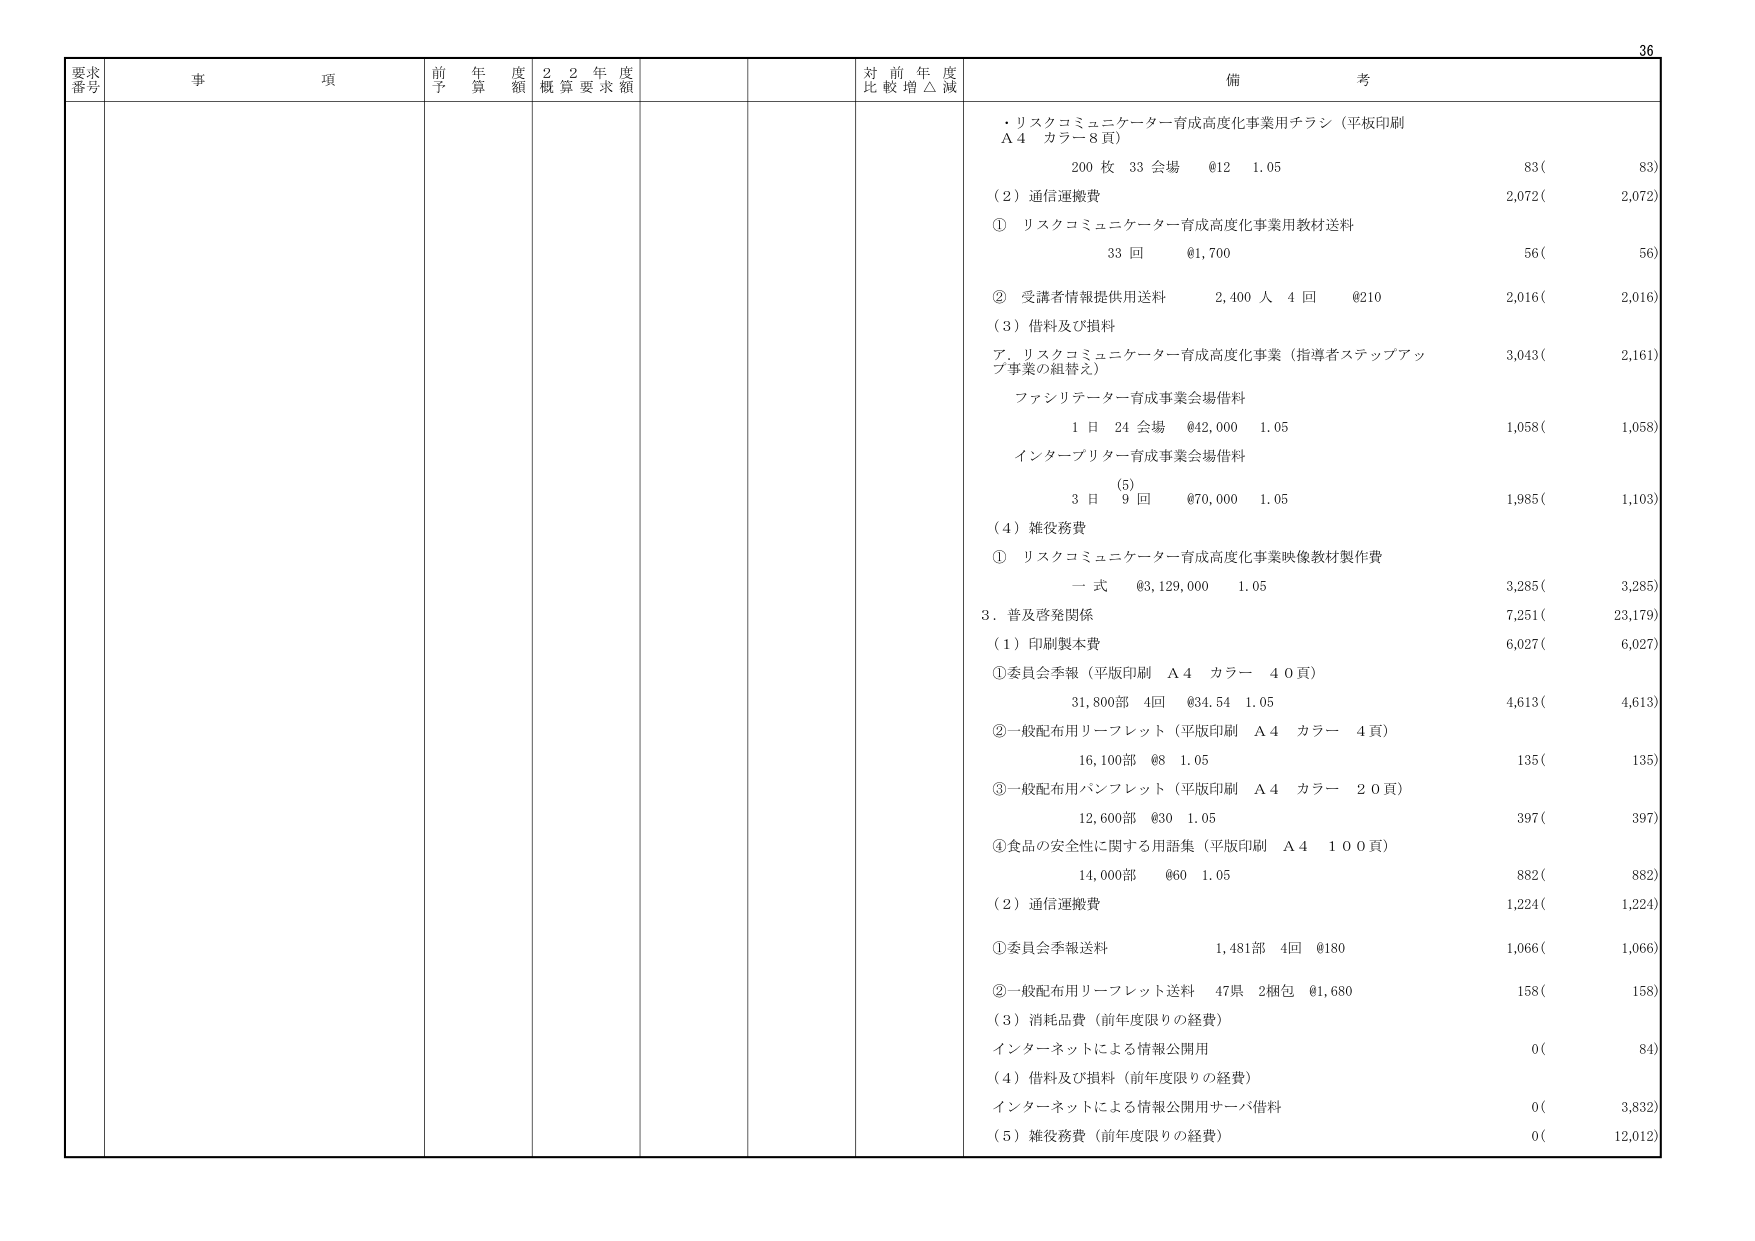
要求番号 事項 前年度予算額 22年度概算要求額 対前年度比較増△減 備考
・リスクコミュニケーター育成高度化事業用チラシ（平板印刷 A4 カラー8頁）
200枚 33会場 @12 1.05 83( 83)
(2)通信運搬費 2,072( 2,072)
① リスクコミュニケーター育成高度化事業用教材送料
33回 @1,700 56( 56)
② 受講者情報提供用送料 2,400人 4回 @210 2,016( 2,016)
(3)借料及び損料
ア.リスクコミュニケーター育成高度化事業（指導者ステップアップ事業の組替え）
3,043( 2,161)
ファシリテーター育成事業会場借料
1日 24会場 @42,000 1.05 1,058( 1,058)
インターブリリター育成事業会場借料
3日 (5) 9回 @70,000 1.05 1,985( 1,103)
(4)雑役務費
① リスクコミュニケーター育成高度化事業映像教材製作費
一式 @3,129,000 1.05 3,285( 3,285)
3.普及啓発関係 7,251( 23,179)
(1)印刷製本費 6,027( 6,027)
①委員会季報（平板印刷 A4 カラー 40頁）
31,800部 4回 @34.54 1.05 4,613( 4,613)
②一般配布用リーフレット（平板印刷 A4 カラー 4頁）
16,100部 @8 1.05 135( 135)
③一般配布用パンフレット（平板印刷 A4 カラー 20頁）
12,600部 @30 1.05 397( 397)
④食品の安全性に関する用語集（平板印刷 A4 100頁）
14,000部 @60 1.05 882( 882)
(2)通信運搬費 1,224( 1,224)
①委員会季報送料 1,481部 4回 @180 1,066( 1,066)
②一般配布用リーフレット送料 47県 2梱包 @1,680 158( 158)
(3)消耗品費（前年度限りの経費）
インターネットによる情報公開用 0( 84)
(4)借料及び損料（前年度限りの経費）
インターネットによる情報公開用サーバ借料 0( 3,832)
(5)雑役務費（前年度限りの経費） 0( 12,012)